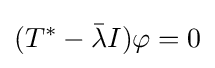
(T^{*}-{\bar {\lambda }}I)\varphi =0